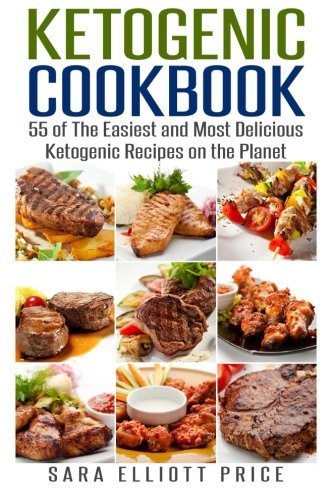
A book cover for Ketogenic Cookbook: 55 of The Easiest and Most Delicious Ketogenic Recipes on the Planet; Sara Elliott Price; Cookbooks, Food & Wine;